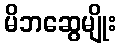
မိဘဆွေမျိုး